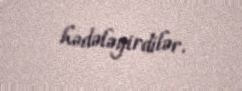
hədələyirdilər.